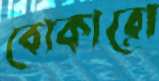
বোকারো